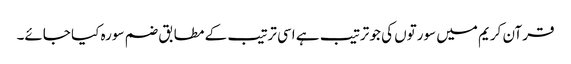
قرآن کریم میں سورتوں کی جو ترتیب ہے اسی ترتیب کے مطابق ضم سورہ کیا جائے۔